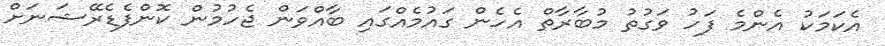
އެކަމަކު އެންމެ ފަހު ވަގުތު މުބާރާތް އެހެން ގައުމެއްގައި ބާއްވަން ޖެހުމުން ކޮންފެޑެރޭޝަނަށް